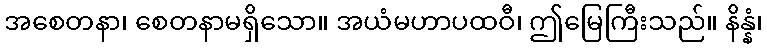
အစေတနာ၊ စေတနာမရှိသော။ အယံမဟာပထဝီ၊ ဤမြေကြီးသည်။ နိန္နံ၊